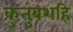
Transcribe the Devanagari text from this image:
कुतुबशहि